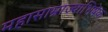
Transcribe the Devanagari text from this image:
महासाम्राज्याभिषेक